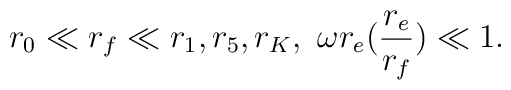
r_{0} \ll r_{f} \ll r_{1}, r_{5}, r_{K}, \ \omega r_{e} (\frac{r_{e}}{r_{f}}) \ll 1.